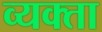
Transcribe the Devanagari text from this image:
व्यक्ता